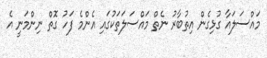
މައްސަލައާ ގުޅިގެން އިތުބާރު ނެތް މައްސަލަތަކުގައި އެންމެ ފަހު ގޮތް ނިންމަނީ އެ